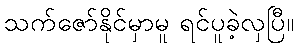
သက်ဇော်နိုင်မှာမူ ရင်ပူခဲ့လှပြီ။